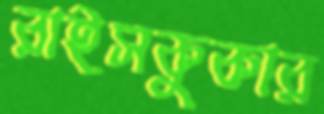
রাইসকুকার